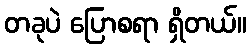
တခုပဲ ပြောစရာ ရှိတယ်။